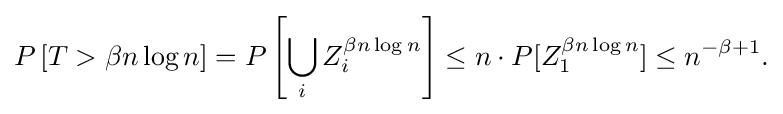
{\begin{aligned}P\left[T>\beta n\log n\right]=P\left[\bigcup _{i}{Z}_{i}^{\beta n\log n}\right]\leq n\cdot P[{Z}_{1}^{\beta n\log n}]\leq n^{-\beta +1}.\end{aligned}}